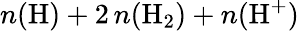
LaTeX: {n(\mathrm{H})+2\, n(\mathrm{H}_{2})+n(\mathrm{H}^{+})}